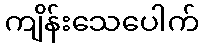
ကျိန်းသေပေါက်